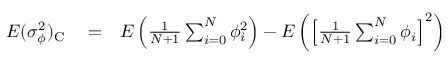
\begin{array} { r l r } { E ( \sigma _ { \phi } ^ { 2 } ) _ { \mathrm C } } & { { } = } & { E \left( { \frac { 1 } { N + 1 } } \sum _ { i = 0 } ^ { N } \phi _ { i } ^ { 2 } \right) - E \left( \left[ { \frac { 1 } { N + 1 } } \sum _ { i = 0 } ^ { N } \phi _ { i } \right] ^ { 2 } \right) } \end{array}